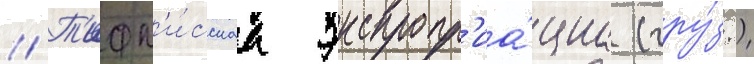
// Т'ифл'и́сскаа экспропр'иа́циа (гру́з.)